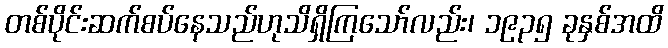
တစ်ပိုင်းဆက်စပ်နေသည်ဟုသိရှိကြသော်လည်း၊ ၁၉၃၅ ခုနှစ်အထိ